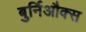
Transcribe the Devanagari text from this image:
बुर्निऔक्स